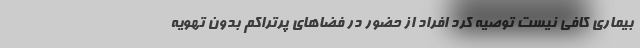
بیماری کافی نیست توصیه کرد افراد از حضور در فضاهای پرتراکم بدون تهویه